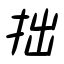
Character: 拙